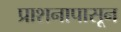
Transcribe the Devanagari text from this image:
प्राशनापासून